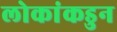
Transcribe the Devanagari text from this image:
लोकांकडुन